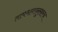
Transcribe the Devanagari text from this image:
तापमानानुसारच